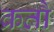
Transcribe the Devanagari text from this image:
क्रतौ